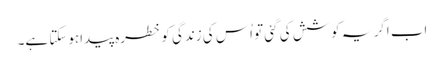
اب اگر یہ کوشش کی گئی تو اُس کی زندگی کو خطرہ پیداہوسکتا ہے۔